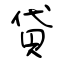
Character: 貸